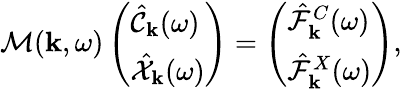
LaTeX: \mathcal{M}({\mathbf k},\omega)\left(\begin{array}{l}{\hat{\mathcal{C}}_{\mathbf k}(\omega)}\\ {\hat{\mathcal{X}}_{\mathbf k}(\omega)}\end{array}\right)=\left(\begin{array}{l}{\hat{\mathcal{F}}_{{\mathbf k}}^{C}(\omega)}\\ {\hat{\mathcal{F}}_{{\mathbf k}}^{X}(\omega)}\end{array}\right),